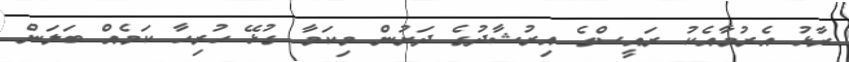
ރާޅު އެރުމާއެކު ރައީސްގެ އިރުޝާދުގެ ދަށުން މިކަމާ ގުޅޭ ހުރިހާ ކަމެއް ބަަލަން